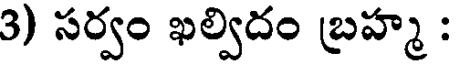
3) సర్వం ఖల్విదం బ్రహ్మ :